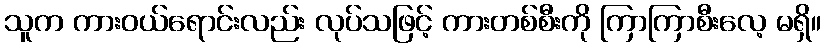
သူက ကားဝယ်ရောင်းလည်း လုပ်သဖြင့် ကားတစ်စီးကို ကြာကြာစီးလေ့ မရှိ။